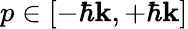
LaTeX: p\in[-\hbar\mathbf{k},+\hbar\mathbf{k}]